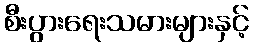
စီးပွားရေးသမားများနှင့်